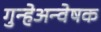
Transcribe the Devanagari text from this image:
गुन्हेअन्वेषक